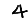
Digit: 4